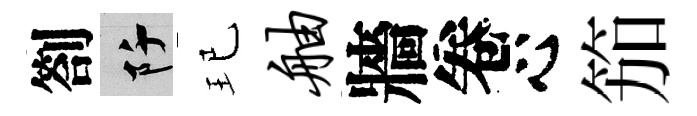
劄阡玘舳牆卷心笳